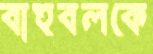
বাহুবলকে